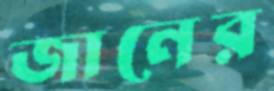
জানের